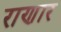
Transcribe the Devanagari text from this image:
राणार